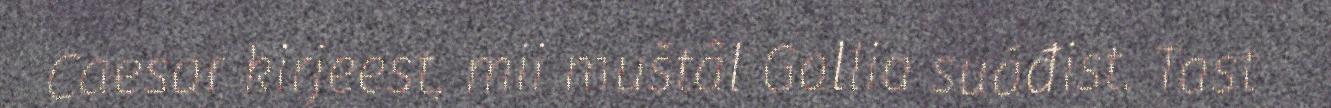
Caesar kirjeest, mii muštâl Gallia suáđist. Tast